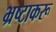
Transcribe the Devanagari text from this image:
भ्रष्टाकरू